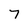
Character: 7